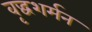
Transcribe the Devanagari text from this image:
वृद्धशर्मन